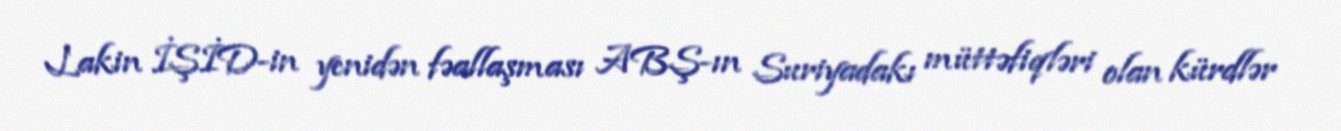
Lakin İŞİD-in yenidən fəallaşması ABŞ-ın Suriyadakı müttəfiqləri olan kürdlər